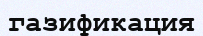
газификация